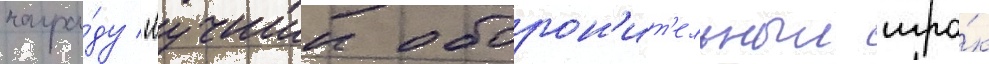
награ́ду "лучшии оборон'ит'ельныи игро́к